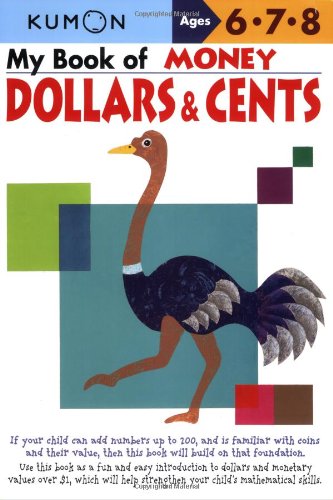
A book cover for My Book of Money: Dollars and Cents; Kumon Publishing; Children's Books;